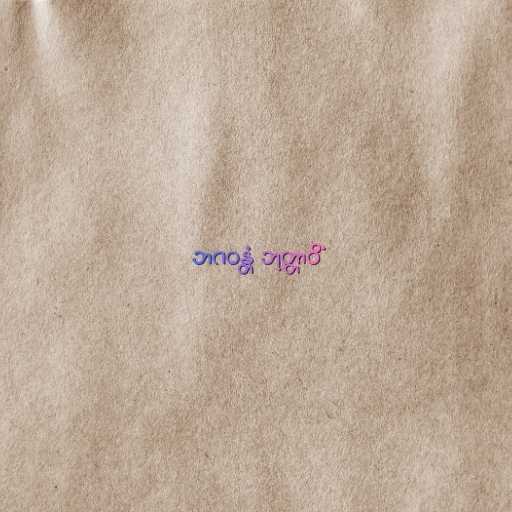
ဘဂဝန္တံ ဘုတ္တာဝိံ